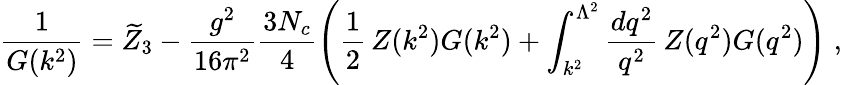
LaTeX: \frac{1}{G(k^{2})}=\widetilde{Z}_{3}-\frac{g^{2}}{16\pi^{2}}\frac{3N_{c}}{4}\left(\frac{1}{2}\, Z(k^{2})G(k^{2})+\int_{k^{2}}^{\Lambda^{2}}\frac{dq^{2}}{q^{2}}\, Z(q^{2})G(q^{2})\right)\; ,